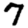
Digit: 7